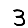
Digit: 3